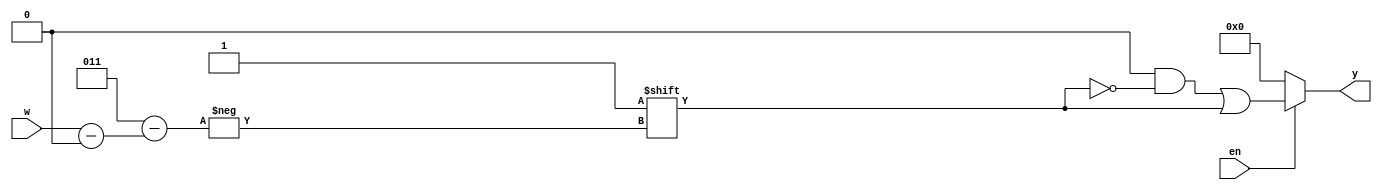
`timescale 1ns / 1ps
//////////////////////////////////////////////////////////////////////////////////
// Company: 
// Engineer: 
// 
// Design Name: 
// Module Name: decoder_2x4_en
// Project Name: 
// Target Devices: 
// Tool Versions: 
// Description: 
// 
// Dependencies: 
// 
// Revision:
// Revision 0.01 - File Created
// Additional Comments:
// 
//////////////////////////////////////////////////////////////////////////////////


module decoder_2x4_en(
    input [1:0] w,
    input en,
    output reg [0:3] y //the lsb has index 3, following the table in slides
    );
    
    always @(w, en)
    begin
        y = 4'b0000;
        if(en) // will implement a 2x1 MUX
            y[w] = 1'b1;
        else
            y = 4'b0000;
            
              
    end
endmodule